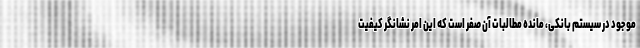
موجود در سیستم بانکی، مانده مطالبات آن صفر است که این امر نشانگر کیفیت